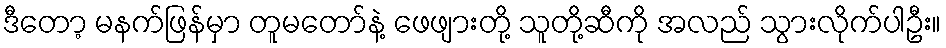
ဒီတော့ မနက်ဖြန်မှာ တူမတော်နဲ့ ဖေဖျားတို့ သူတို့ဆီကို အလည် သွားလိုက်ပါဦး။